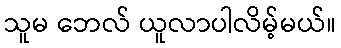
သူမ ဘေလ် ယူလာပါလိမ့်မယ်။